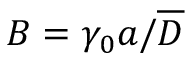
B = \gamma _ { 0 } a / \overline { { D } }